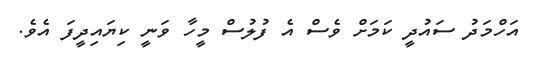
އަހްމަދު ސައުދީ ކަމަށް ވެސް އެ ފުލުސް މީހާ ވަނީ ކިޔައިދީފަ އެވެ.